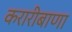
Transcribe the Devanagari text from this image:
करारीबाणा